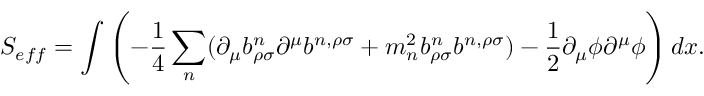
S _ { e f f } = \int \left( - \frac { 1 } { 4 } \sum _ { n } ( \partial _ { \mu } b _ { \rho \sigma } ^ { n } \partial ^ { \mu } b ^ { n , \rho \sigma } + { m _ { n } ^ { 2 } } b _ { \rho \sigma } ^ { n } b ^ { n , \rho \sigma } ) - \frac { 1 } { 2 } \partial _ { \mu } \phi \partial ^ { \mu } \phi \right) d x .